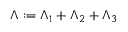
\Lambda : = \Lambda _ { 1 } + \Lambda _ { 2 } + \Lambda _ { 3 }